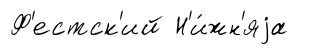
Ф'естск'ий Н'и́жн'яjа